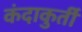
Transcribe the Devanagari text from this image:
कंदाकुर्ती